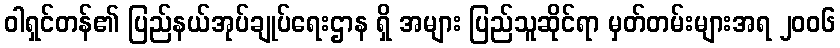
ဝါရှင်တန်၏ ပြည်နယ်အုပ်ချုပ်ရေးဌာန ရှိ အများ ပြည်သူဆိုင်ရာ မှတ်တမ်းများအရ ၂၀၀၆